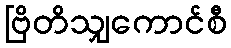
ဗြိတိသျှကောင်စီ